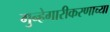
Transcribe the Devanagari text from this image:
गुन्हेगारीकरणाच्या